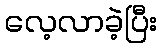
လေ့လာခဲ့ပြီး